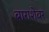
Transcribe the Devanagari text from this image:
बाराशेवर